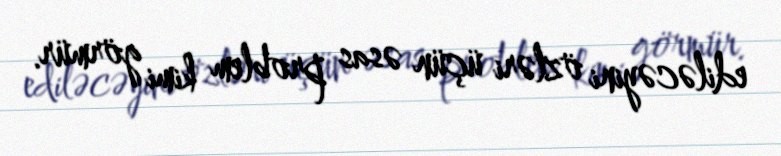
ediləcəyini özləri üçün əsas problem kimi görmür.